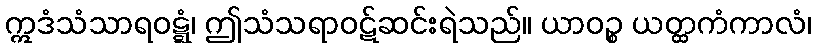
ဣဒံသံသာရဝဋ္ဋံ၊ ဤသံသရာဝဋ်ဆင်းရဲသည်။ ယာဝဉ္စ ယတ္ထကံကာလံ၊